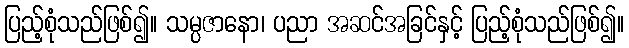
ပြည့်စုံသည်ဖြစ်၍။ သမ္ပဇာနော၊ ပညာ အဆင်အခြင်နှင့် ပြည့်စုံသည်ဖြစ်၍။